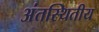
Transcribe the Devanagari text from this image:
अंतस्थितीय